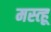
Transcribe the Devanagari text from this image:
मस्त्हू